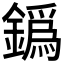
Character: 𨬞